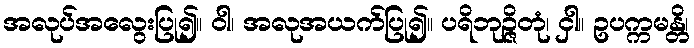
အလုပ်အလွေးပြု၍။ ဝါ၊ အလုအယက်ပြု၍။ ပရိဘုဉ္ဇိတုံ၊ ငှါ။ ဥပက္ကမန္တိ၊